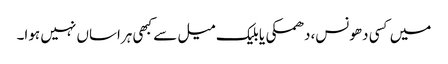
میں کسی دھونس،دھمکی یا بلیک میل سے کبھی ہراساں نہیں ہوا۔